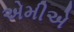
એમીએ